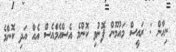
ނިހާން : ރައީސް މައުމޫން ފޮނުވި ކޮންމެ އެސްއެމްއެސް އެއް އަދި ކޮންމެ